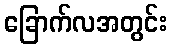
ခြောက်လအတွင်း